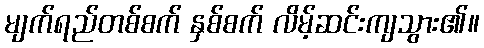
မျက်ရည်တစ်စက် နှစ်စက် လိမ့်ဆင်းကျသွား၏။